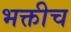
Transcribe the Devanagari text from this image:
भक्तीच